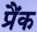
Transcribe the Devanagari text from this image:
प्रैंक